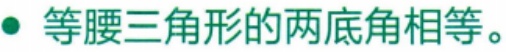
等腰三角形的两底角相等。